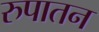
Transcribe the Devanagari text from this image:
रुपातन